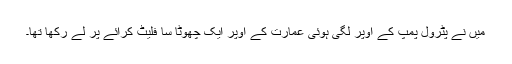
میں نے پٹرول پمپ کے اوپر لگی ہوئی عمارت کے اوپر ایک چھوٹا سا فلیٹ کرائے پر لے رکھا تھا۔